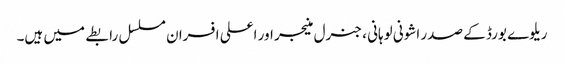
ریلوے بورڈ کے صدر اشونی لوہانی ، جنرل منیجر اور اعلی افسران مسلسل رابطے میں ہیں۔